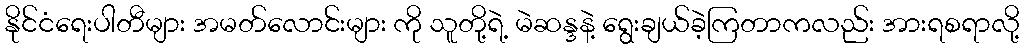
နိုင်ငံရေးပါတီများ အမတ်လောင်းများ ကို သူတို့ရဲ့ မဲဆန္ဒနဲ့ ရွေးချယ်ခဲ့ကြတာကလည်း အားရစရာလို့